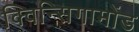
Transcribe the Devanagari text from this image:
क्विन्सिगामोंड